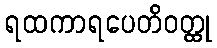
ရထကာရပေတိဝတ္ထု